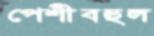
পেশীবহুল